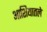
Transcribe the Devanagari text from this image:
आशियातले